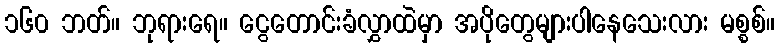
၁၆၀ ဘတ်။ ဘုရားရေ။ ငွေတောင်းခံလွှာထဲမှာ အပိုတွေများပါနေသေးလား မစ္စစ်။